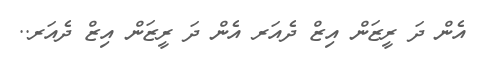
އެން ދަ ރީޒަން އިޒް ދެެއަރ އެން ދަ ރީޒަން އިޒް ދެއަރ..